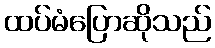
ထပ်မံပြောဆိုသည်